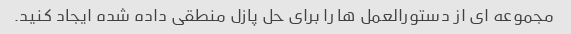
مجموعه ای از دستورالعمل ها را برای حل پازل منطقی داده شده ایجاد کنید.